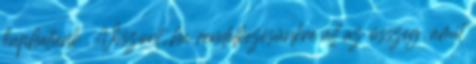
kaphatunk . Viszont, ha rendelkezésünkre áll az összeg, amit